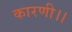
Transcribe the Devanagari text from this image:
कारणी।।